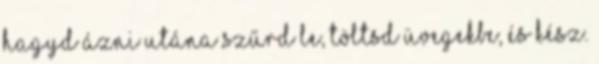
hagyd ázni Utána szűrd le, töltsd üvegekbe, és kész.